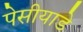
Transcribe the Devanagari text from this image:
पेसीयाडे